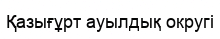
Қазығұрт ауылдық округі